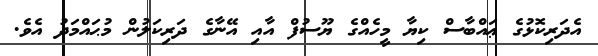
އެދަރިކޮޅުގެ ޢައްބާސް ކިޔާ މީހެއްގެ ޔޫސުފް އާއި އޭނާގެ ދަރިކަލުން މުޙައްމަދު އެވެ.